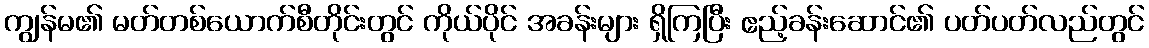
ကျွန်မ၏ မတ်တစ်ယောက်စီတိုင်းတွင် ကိုယ်ပိုင် အခန်းများ ရှိကြပြီး ဧည့်ခန်းဆောင်၏ ပတ်ပတ်လည်တွင်